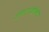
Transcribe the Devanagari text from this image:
गणराजकिय